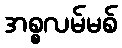
အစ္စလမ်မစ်